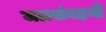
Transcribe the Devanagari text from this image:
जलसंवहनी